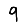
Digit: 9